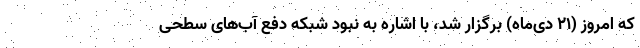
که امروز (۲۱ دی‌ماه) برگزار شد، با اشاره به نبود شبکه دفع آب‌های سطحی